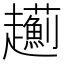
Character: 𧾯